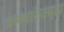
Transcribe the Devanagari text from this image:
क्रमवारीतसुद्धा